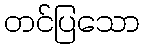
တင်ပြသော